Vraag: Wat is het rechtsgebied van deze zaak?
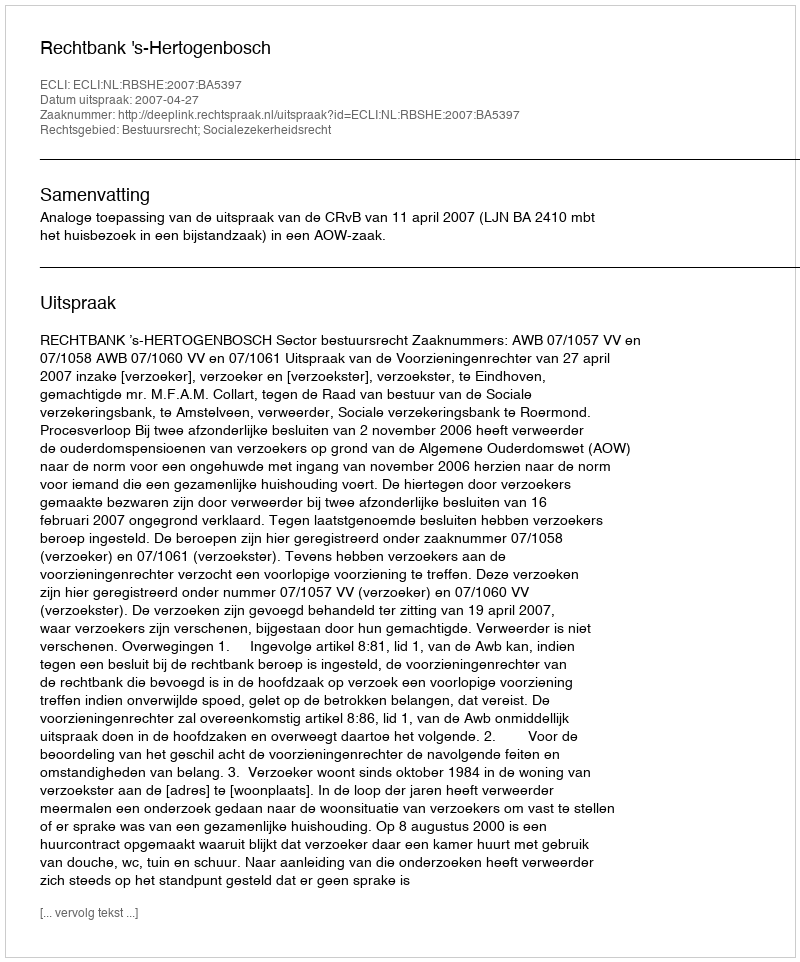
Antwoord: Bestuursrecht; Socialezekerheidsrecht